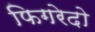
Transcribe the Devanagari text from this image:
फिगरेदो